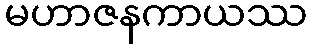
မဟာဇနကာယဿ